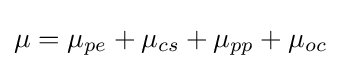
\mu =\mu _{pe}+\mu _{cs}+\mu _{pp}+\mu _{oc}